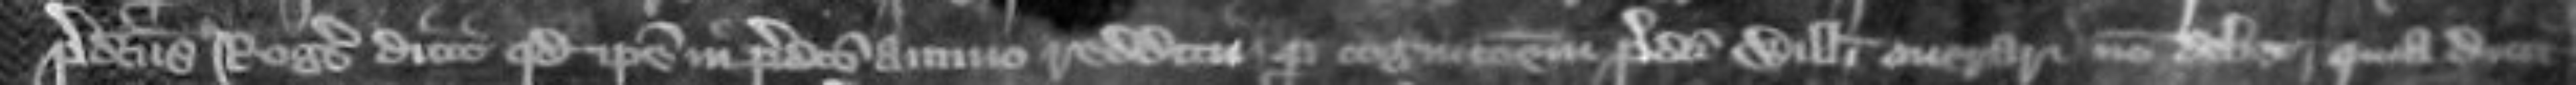
predictus Rogerus dicit quod ipse in predicto annuo redditu per cognitionem predicti Willelmi onerari non debet quia dicit